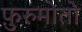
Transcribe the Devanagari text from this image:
फ़ुरुमोतो